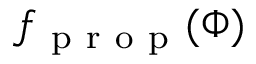
f _ { \mathrm { ~ p ~ r ~ o ~ p ~ } } ( \Phi )